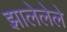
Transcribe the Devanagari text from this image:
झालेलेले